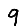
Digit: 9